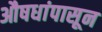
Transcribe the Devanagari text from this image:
औषधांपासून